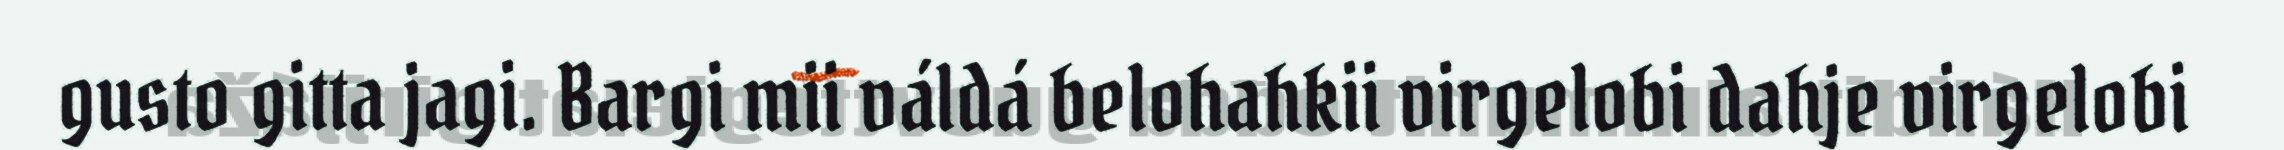
gusto gitta jagi. Bargi mii váldá belohahkii virgelobi dahje virgelobi